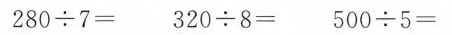
$$2 8 0 \div 7 =$$ $$3 2 0 \div 8 =$$ $$5 0 0 \div 5 =$$